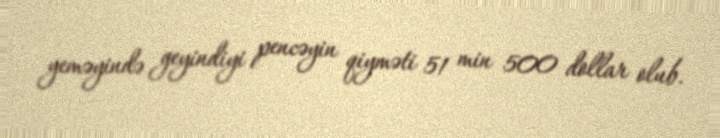
yeməyində geyindiyi pencəyin qiyməti 51 min 500 dollar olub.